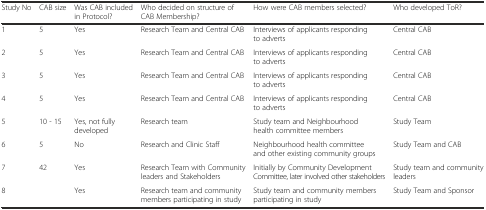
<table><thead><tr><td><b>Study No</b></td><td><b>CAB size</b></td><td><b>Was CAB included in Protocol?</b></td><td><b>Who decided on structure of CAB Membership?</b></td><td><b>How were CAB members selected?</b></td><td><b>Who developed ToR?</b></td></tr></thead><tbody><tr><td>1</td><td>5</td><td>Yes</td><td>Research Team and Central CAB</td><td>Interviews of applicants responding to adverts</td><td>Central CAB</td></tr><tr><td>2</td><td>5</td><td>Yes</td><td>Research Team and Central CAB</td><td>Interviews of applicants responding to adverts</td><td>Central CAB</td></tr><tr><td>3</td><td>5</td><td>Yes</td><td>Research Team and Central CAB</td><td>Interviews of applicants responding to adverts</td><td>Central CAB</td></tr><tr><td>4</td><td>5</td><td>Yes</td><td>Research Team and Central CAB</td><td>Interviews of applicants responding to adverts</td><td>Central CAB</td></tr><tr><td>5</td><td>10 - 15</td><td>Yes, not fully developed</td><td>Research team</td><td>Study team and Neighbourhood health committee members</td><td>Study Team</td></tr><tr><td>6</td><td>5</td><td>No</td><td>Research and Clinic Staff</td><td>Neighbourhood health committee and other existing community groups</td><td>Study Team and CAB</td></tr><tr><td>7</td><td>42</td><td>Yes</td><td>Research Team with Community leaders and Stakeholders</td><td>Initially by Community Development Committee, later involved other stakeholders</td><td>Study team and community leaders</td></tr><tr><td>8</td><td></td><td>Yes</td><td>Research team and community members participating in study</td><td>Study team and community members participating in study</td><td>Study Team and Sponsor</td></tr></tbody></table>